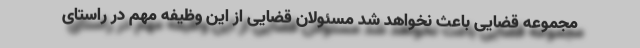
مجموعه قضایی باعث نخواهد شد مسئولان قضایی از این وظیفه مهم در راستای